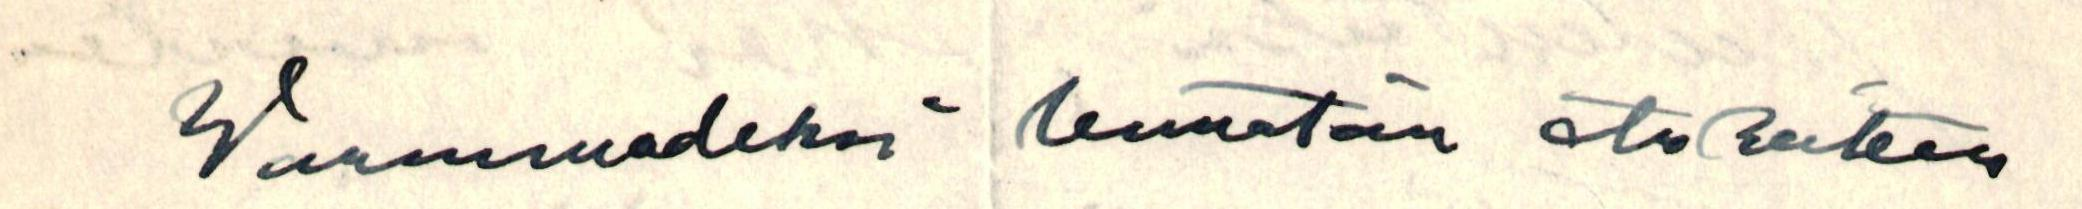
Warmuudeksi lennätän etukäteen